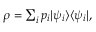
\begin{array} { r } { \rho = \sum _ { i } p _ { i } | \psi _ { i } \rangle \langle \psi _ { i } | , } \end{array}